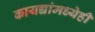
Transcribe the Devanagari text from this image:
कायद्यांमध्येही